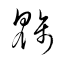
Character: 魑